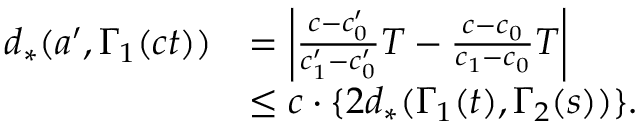
\begin{array} { r l } { d _ { * } ( a ^ { \prime } , \Gamma _ { 1 } ( c t ) ) } & { = \left| \frac { c - c _ { 0 } ^ { \prime } } { c _ { 1 } ^ { \prime } - c _ { 0 } ^ { \prime } } T - \frac { c - c _ { 0 } } { c _ { 1 } - c _ { 0 } } T \right| } \\ & { \leq c \cdot \{ 2 d _ { * } ( \Gamma _ { 1 } ( t ) , \Gamma _ { 2 } ( s ) ) \} . } \end{array}